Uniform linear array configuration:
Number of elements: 24
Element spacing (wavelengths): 0.5
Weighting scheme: blackman
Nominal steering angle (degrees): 45
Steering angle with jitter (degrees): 43.082
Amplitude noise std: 0.05
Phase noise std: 0.05

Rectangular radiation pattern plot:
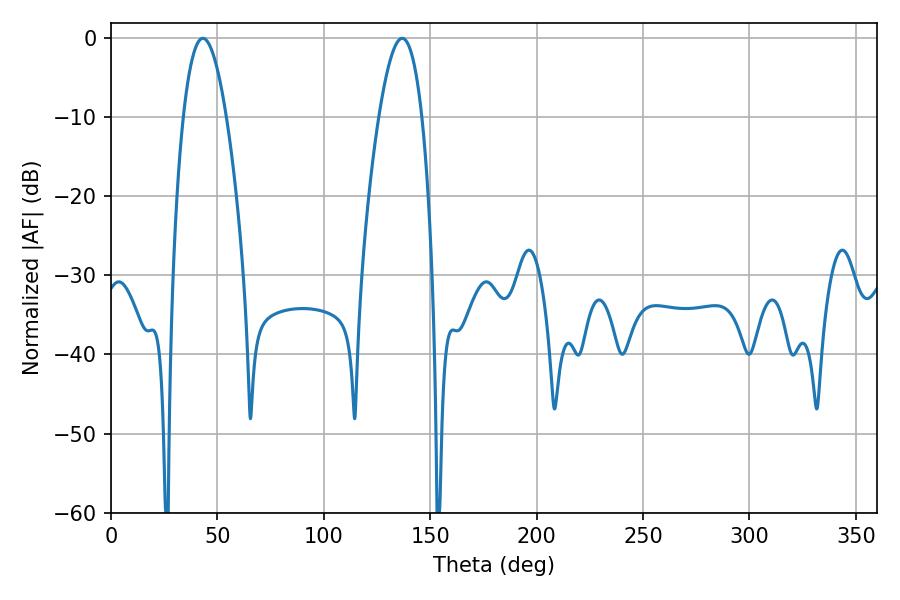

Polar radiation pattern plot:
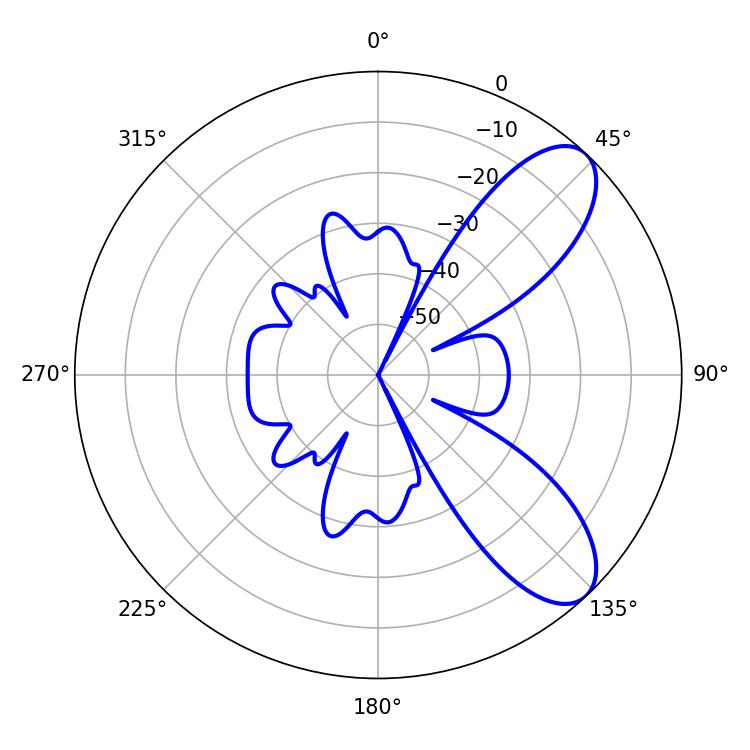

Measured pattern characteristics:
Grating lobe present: FALSE
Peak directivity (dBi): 8.443
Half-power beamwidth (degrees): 10.98
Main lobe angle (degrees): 43.2